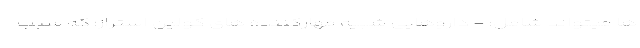
ها میتواند شامل: - داروهایی شبیه مهارکننده های کولین استراز؛ که سبب